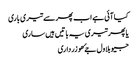
کیا آئی ہے اب پھر سے تیری باری
یا پھر تیری یہ باتیں ہیں ساری
جیو بلاول جۓ ھو زرداری